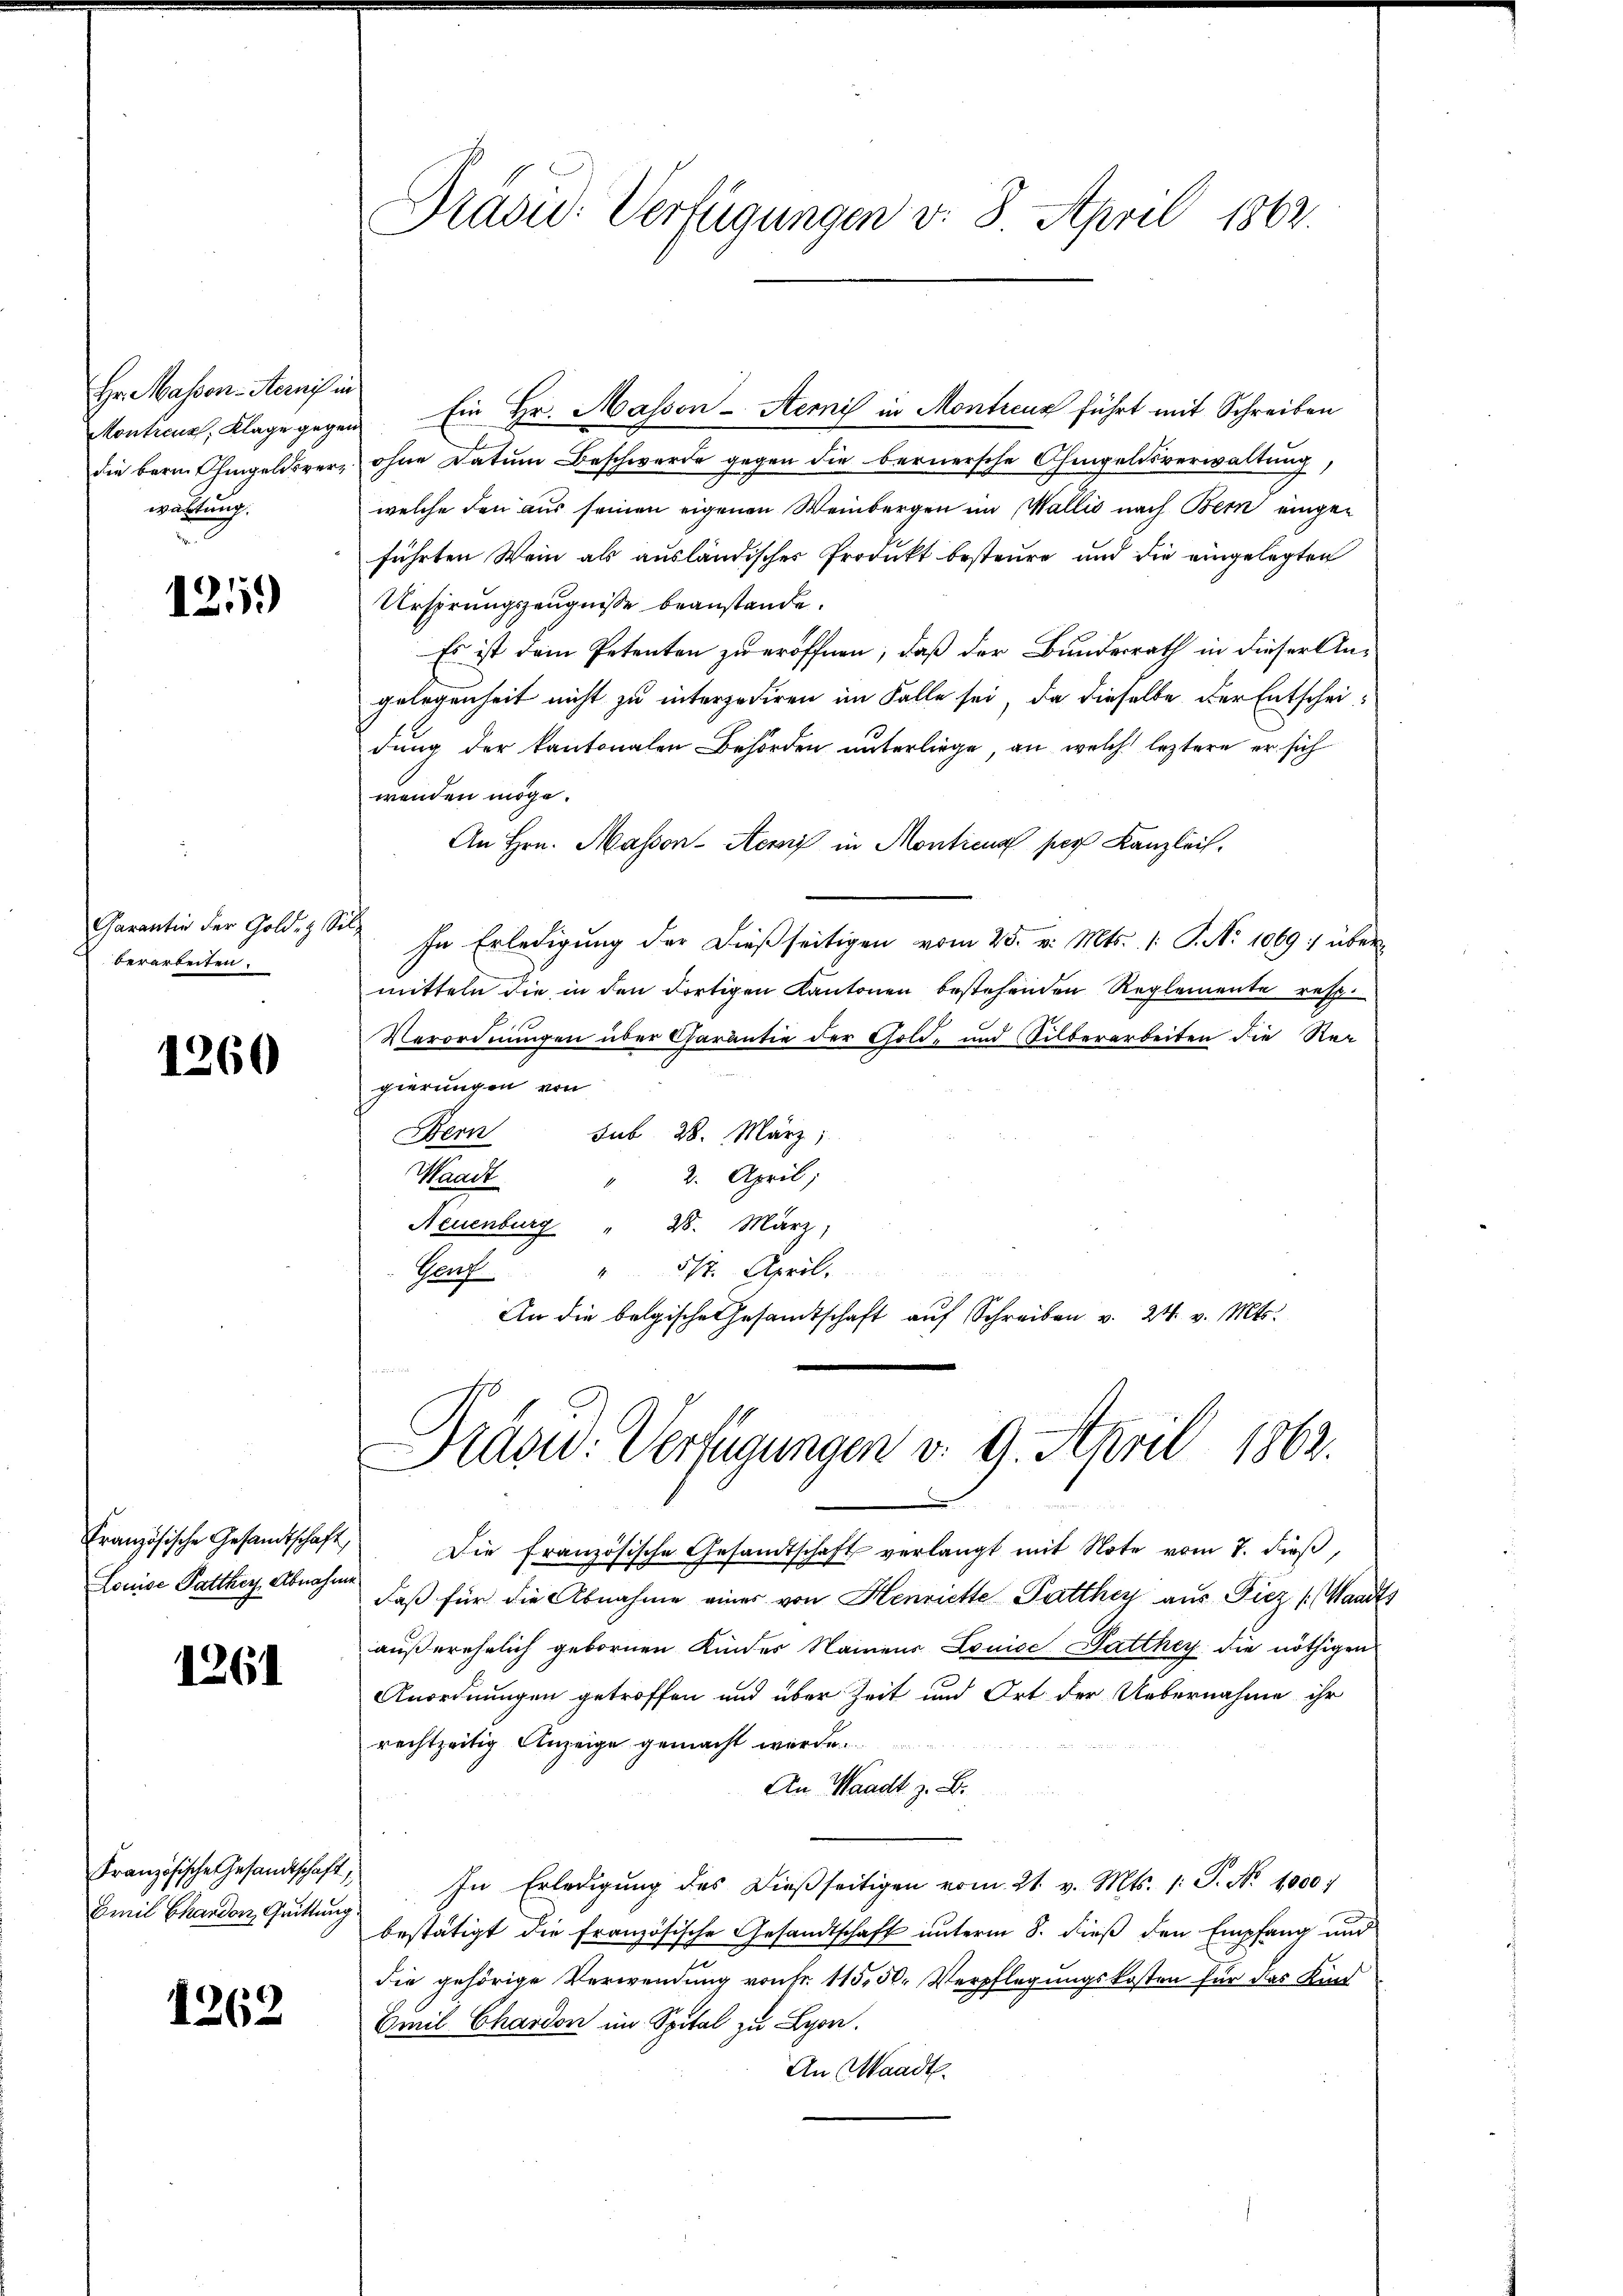
Hr. Massen-Aernis in
wartung,

1251)

Garantin der Gold- & Silz
berarbeiten.

1260

Louise Parthey Abnahme

1261

Montreux, Klage gegen Ein Hr. Masson-Semnis in Montreuz führt mit Schreiben
die beim hingeldsver- ohne Datum Beschwerde gegen die bernersche Ohmgeldsverwaltung,
welche den aus seinen eigenen Weinbergen im Wallis nach Bern eingeführten Wein als ausländisches Produkt besteure und die eingelegten
Ursprungszeugnisse beanstande.
Es ist dem Petenten zu eröffnen, daß der Bundesrath in dieser Angelegenheit nicht zu interzediren im Falle sei, da dieselbe der Entscheidung der kantonalen Behörden unterliege, an welche leztere er sich
wenden möge.
An Hrn. Masson Atems in Monticus par Kanzlei,
In Erledigung der dießseitigen vom 25. v. Mts. /: P. Nr. 1069 :/ über
mitteln die in den dortigen Kantonen bestehenden Reglemente resp.
Verordnungen über Charantie der Gold- und Silberarbeiten die Rec
gierungen von
Bern sub 28. März,
Maack
2. April;
28. März,
Neuenburg
517. April,
Teuf
An die belgische Gesamtschaft aŭf Schreiben v. 24. v. Mts.

Französische Gesandtschaft,
Emil Ghandon, Grittung

1262

Pravić-Verfügungen v. 8. April 1862.

Präsid. Verfügungen v. 9. April 1862.

Französische Gesandtschaft die französische Gesandtschaft verlangt mit Note vom 7. dieβ,
daß für die Abnahme einer von Henrichte Patthey aus Piez (Wandts
außerehelich gebornen Kinder Namens Louise Parthey die nöthigen
Anordnungen getroffen und über Zeit und Ort der Uebernahme ihr
rechtzeitig Anzeige gemacht wurde.
An Waadt z. B.
In Erledigŭng des dieβseitigen vom 21. v. Mts. 1. P. Nr. 1000.
bestätigt die französische Gesandtschaft unterm 8. dieß den Empfang und
die gehörige Verwendung von Fr. 115, 50. Verpflegungskosten für das Kind
Emil Chardon im Spital zu Lyon.
An Waadt.